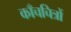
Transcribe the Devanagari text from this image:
काँचचित्रों